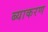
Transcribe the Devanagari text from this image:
ब्याकरण